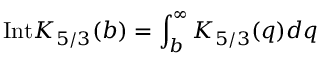
\mathrm { I n t } K _ { 5 / 3 } ( b ) = \int _ { b } ^ { \infty } K _ { 5 / 3 } ( q ) d q